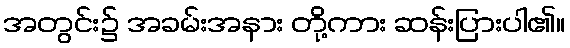
အတွင်း၌ အခမ်းအနား တို့ကား ဆန်းပြားပါ၏။